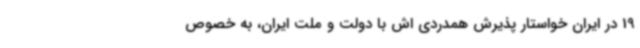
19 در ایران خواستار پذیرش همدردی اش با دولت و ملت ایران، به خصوص